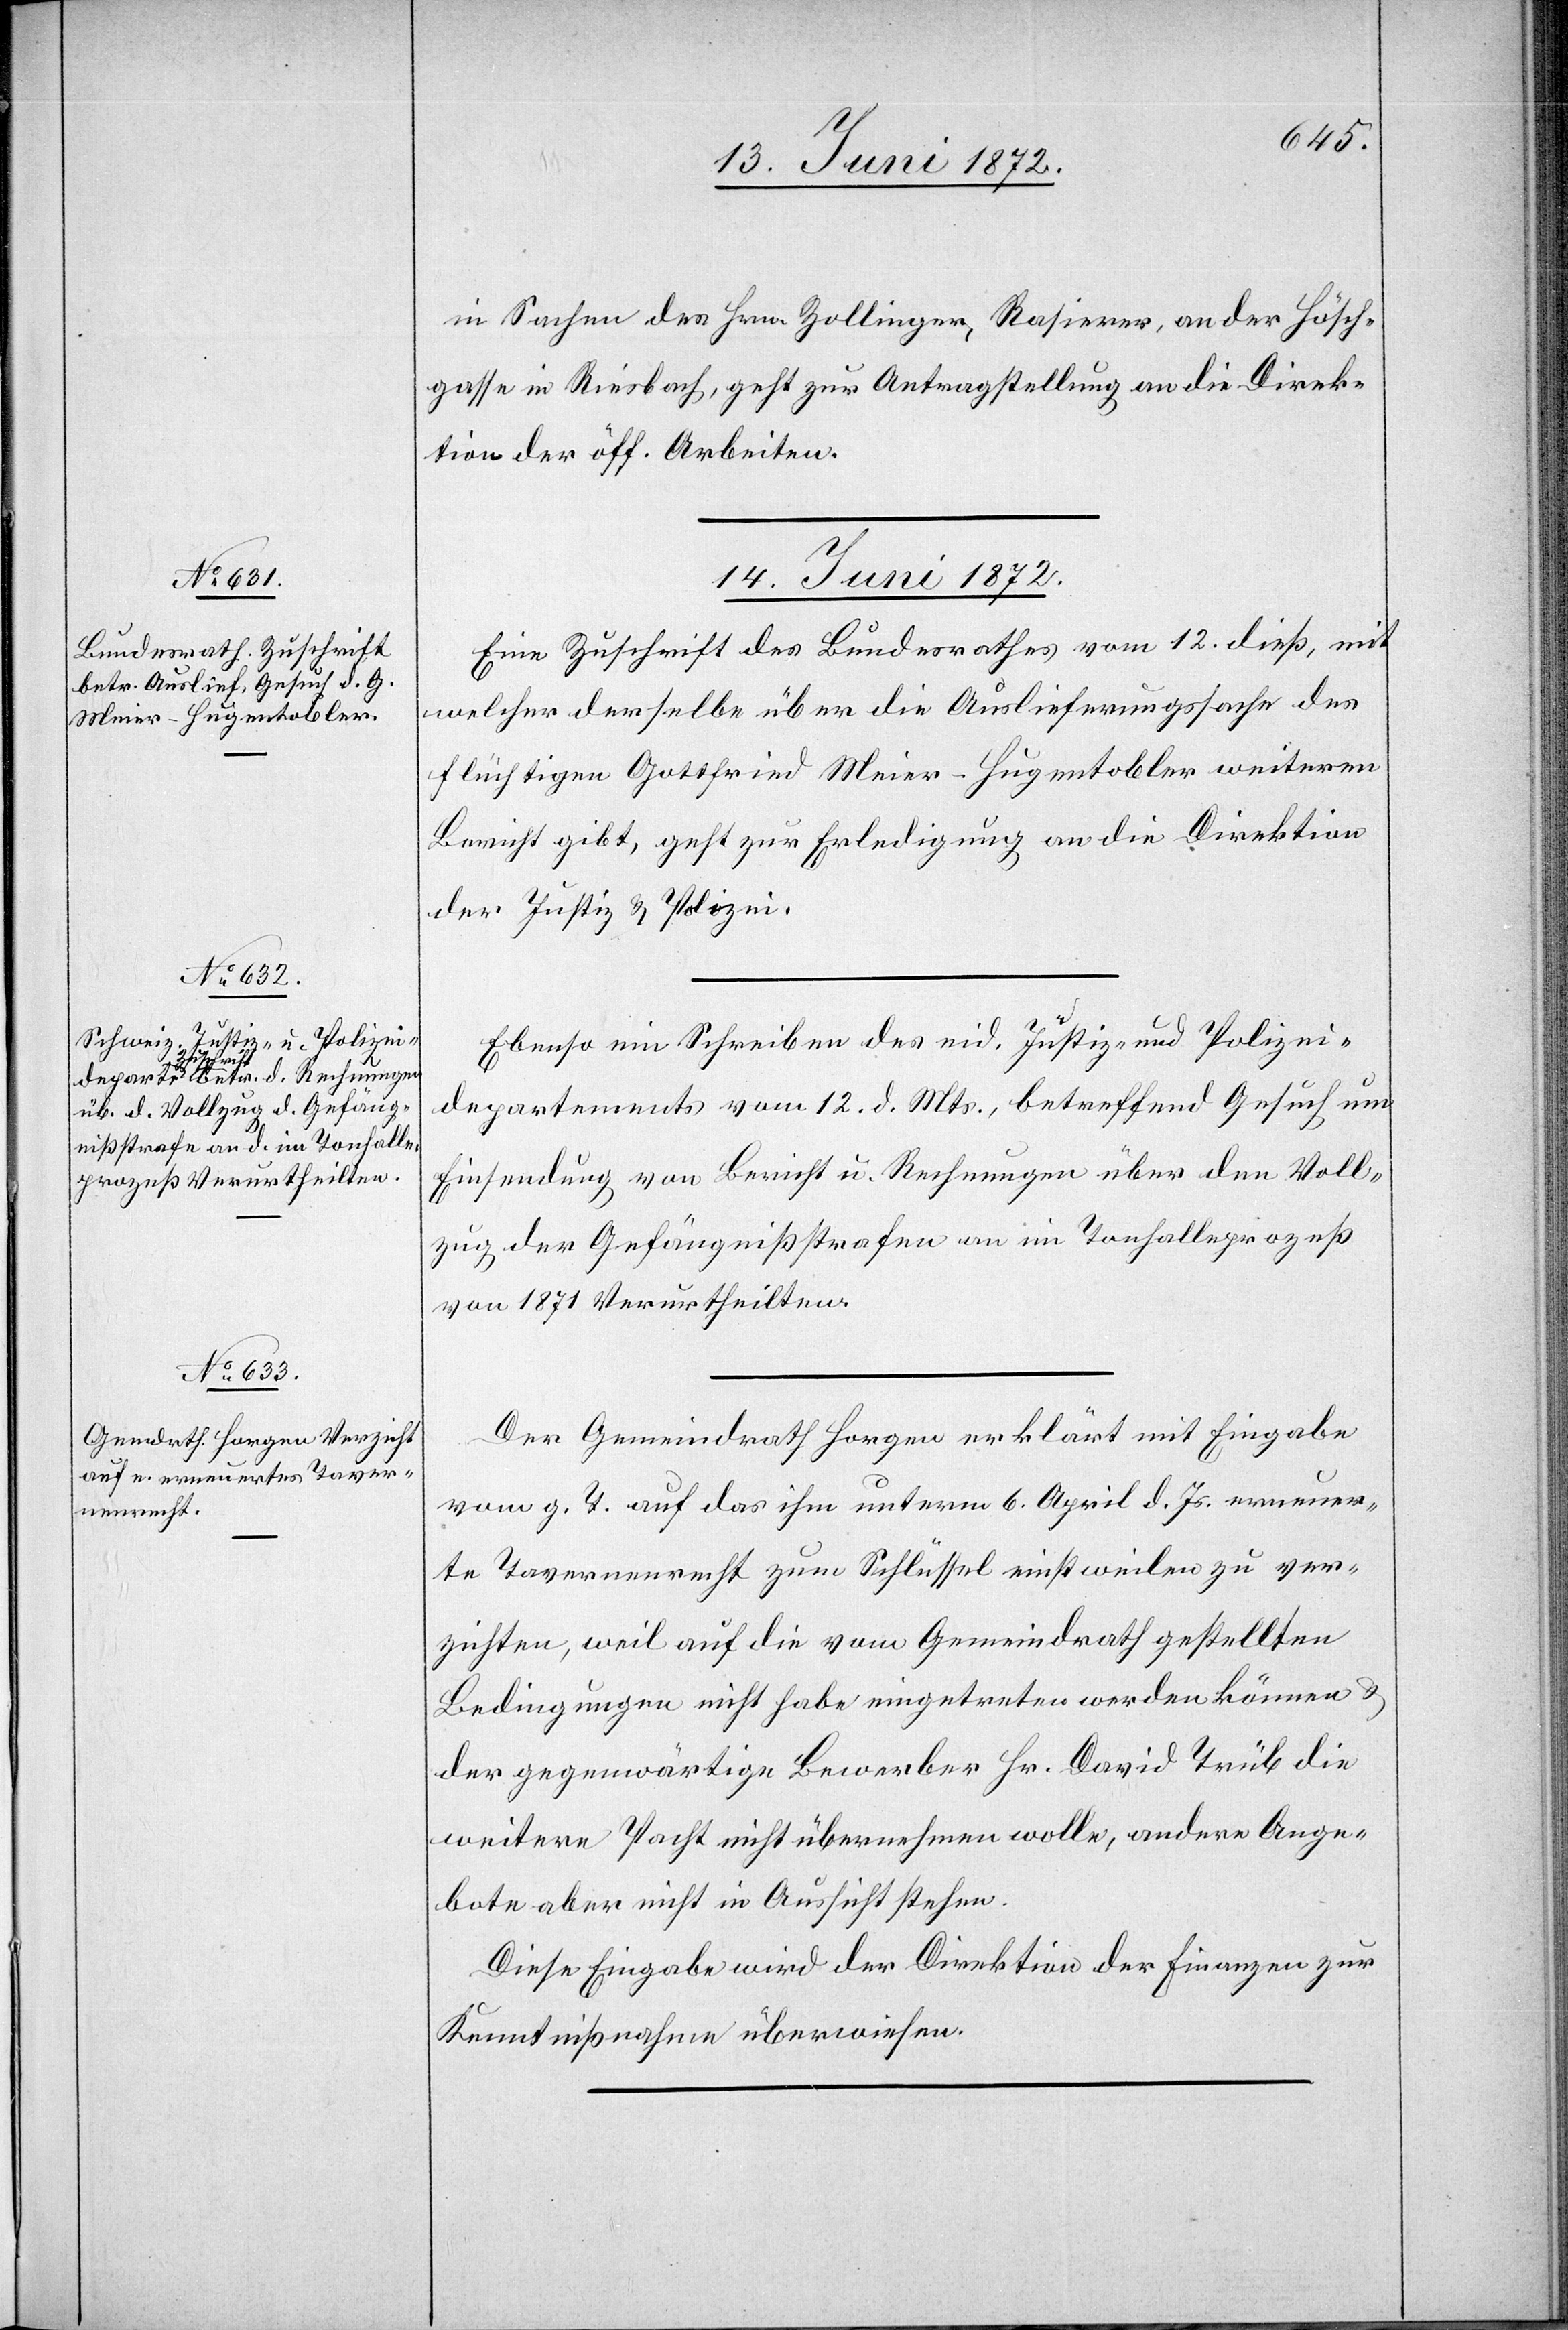
in Sachen des Hrn. Zollinger, Rasierer, an der Hösch¬
gasse in Riesbach, geht zur Antragstellung an die Direk¬
tion der öff. Arbeiten.
14. Juni 1872.]
Eine Zuschrift des Bundesrathes vom 12. dieß, mit
welcher derselbe über die Auslieferungssache des
flüchtigen Gottfried Meier-Hugentobler weiteren
Bericht gibt, geht zur Erledigung an die Direktion
der Justiz u. Polizei.
Ebenso ein Schreiben des eid. Justiz- und Polizei¬
departements vom 12. d. Mts., betreffend Gesuch um
Einsendung von Bericht u. Rechnungen über den Voll¬
zug der Gefängnißstrafen an im Tonhalleprozeß
von 1871 Verurtheilten.
Der Gemeindrath Horgen erklärt mit Eingabe
vom g. T. auf das ihm unterm 6. April d. Js. erneuer¬
te Tavernenrecht zum Schlüssel einstweilen zu ver¬
zichten, weil auf die vom Gemeindrath gestellten
Bedingungen nicht habe eingetreten werden können u.
der gegenwärtige Bewerber Hr. David Trüb die
weitere Pacht nicht übernehmen wolle, andere Ange¬
bote aber nicht in Aussicht stehen.
Diese Eingabe wird der Direktion der Finanzen zur
Kenntnißnahme überwiesen.